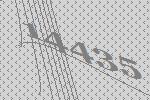
14435